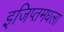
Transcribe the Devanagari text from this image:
इजिप्तमधला